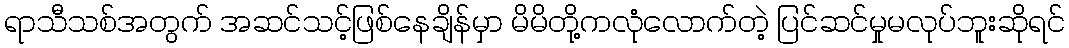
ရာသီသစ်အတွက် အဆင်သင့်ဖြစ်နေချိန်မှာ မိမိတို့ကလုံလောက်တဲ့ ပြင်ဆင်မှုမလုပ်ဘူးဆိုရင်